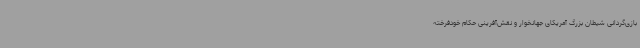
بازی‌گردانی شیطان بزرگ آمریکای جهانخوار و نقش‌آفرینی حکام خودفرخته